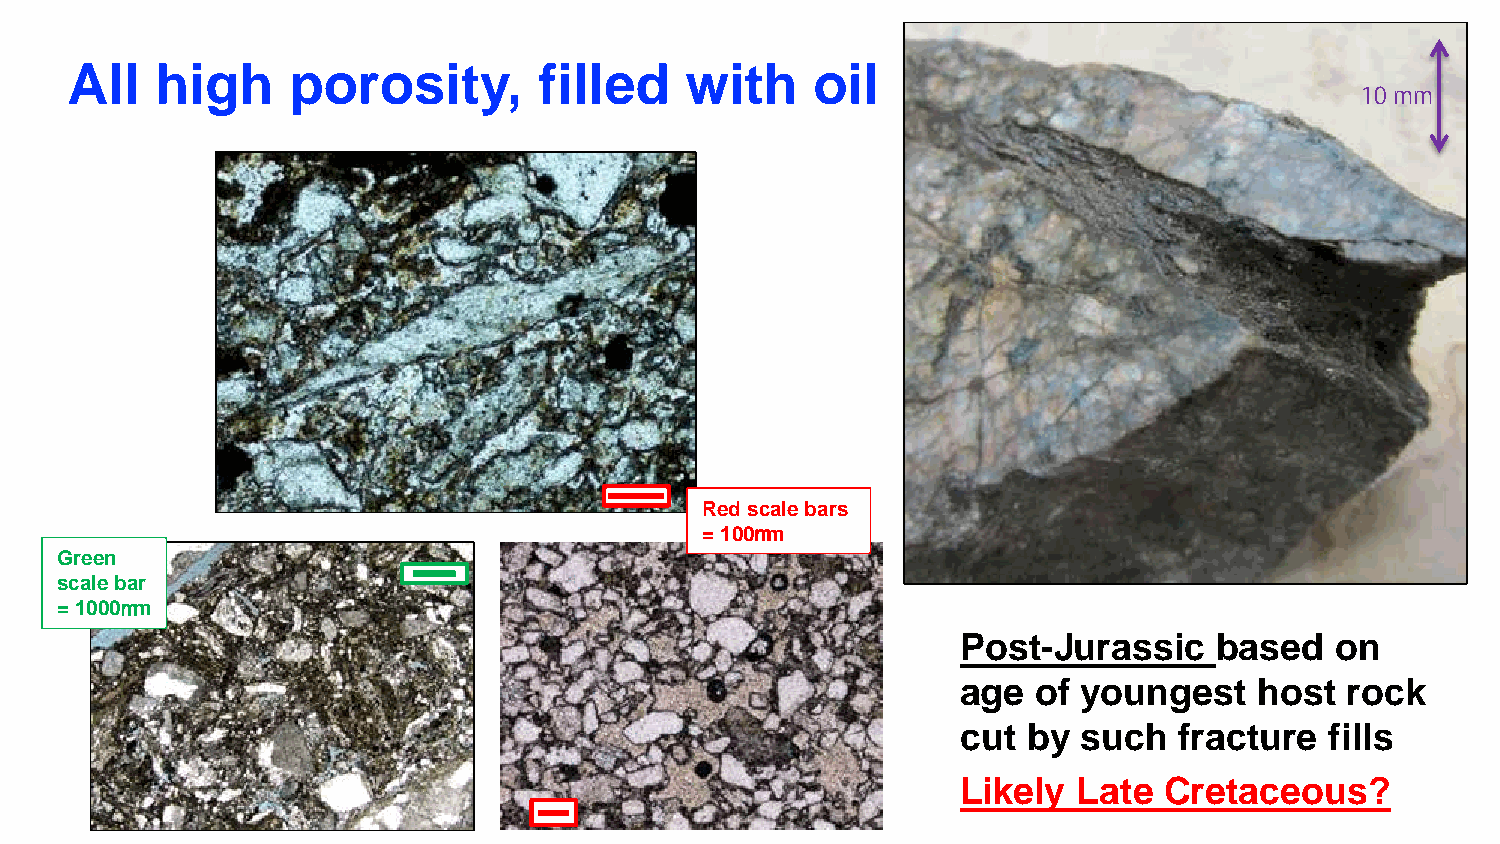
All   high     porosity,        filled   with     oil
 10 mm
 Red scale bars
 = 100mm
 Green
 scale bar
 = 1000mm
 Post-Jurassic    based  on
 age  of youngest   host  rock
 cut by  such  fracture  fills
 Likely Late  Cretaceous?